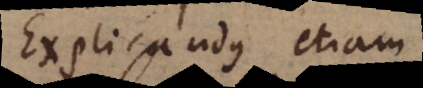
Explicandus etiam